Indian journal of veterinary science and animal husbandry - Volume 8,
Year: 1938
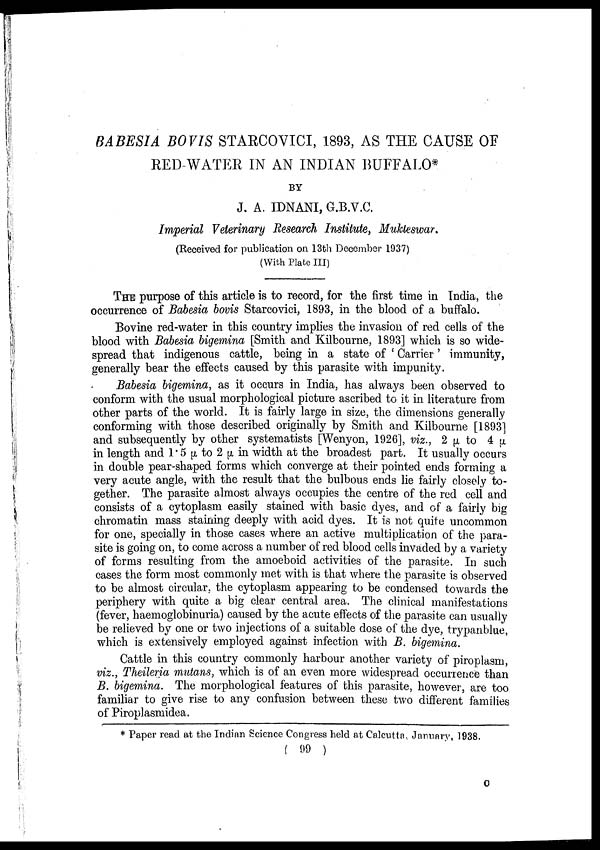
BABESIA BOVIS STARCOVICI, 1893, AS THE CAUSE OF
RED-WATER IN AN INDIAN BUFFALO*
BY
J. A. IDNANI, G.B.V.C.
Imperial Veterinary Research Institute, Mukteswar.
(Received for publication on 13th December 1937)
(With Plate III)
THE purpose of this article is to record, for the first time in India, the
occurrence of Babesia bovis Starcovici, 1893, in the blood of a buffalo.
Bovine red-water in this country implies the invasion of red cells of the
blood with Babesia bigemina [Smith and Kilbourne, 1893] which is so wide-
spread that indigenous cattle, being in a state of ' Carrier' immunity,
generally bear the effects caused by this parasite with impunity.
Babesia bigemina, as it occurs in India, has always been observed to
conform with the usual morphological picture ascribed to it in literature from
other parts of the world. It is fairly large in size, the dimensions generally
conforming with those described originally by Smith and Kilbourne [1893]
and subsequently by other systematists [Wenyon, 1926], viz., 2 µ to 4 µ
in length and 1.5 µ to 2 µ in width at the broadest part. It usually occurs
in double pear-shaped forms which converge at their pointed ends forming a
very acute angle, with the result that the bulbous ends lie fairly closely to-
gether. The parasite almost always occupies the centre of the red cell and
consists of a cytoplasm easily stained with basic dyes, and of a fairly big
chromatin mass staining deeply with acid dyes. It is not quite uncommon
for one, specially in those cases where an active multiplication of the para-
site is going on, to come across a number of red blood cells invaded by a variety
of forms resulting from the amoeboid activities of the parasite. In such
cases the form most commonly met with is that where the parasite is observed
to be almost circular, the cytoplasm appearing to be condensed towards the
periphery with quite a big clear central area. The clinical manifestations
(fever, haemoglobinuria) caused by the acute effects of the parasite can usually
be relieved by one or two injections of a suitable dose of the dye, trypanblue,
which is extensively employed against infection with B. bigemina.
Cattle in this country commonly harbour another variety of piroplasm,
viz., Theileria mutans, which is of an even more widespread occurrence than
B. bigemina. The morphological features of this parasite, however, are too
familiar to give rise to any confusion between these two different families
of Piroplasmidea.
* Paper read at the Indian Science Congress held at Calcutta, January, 1938.
( 99 )
C